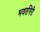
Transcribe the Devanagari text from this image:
भवरगिरी